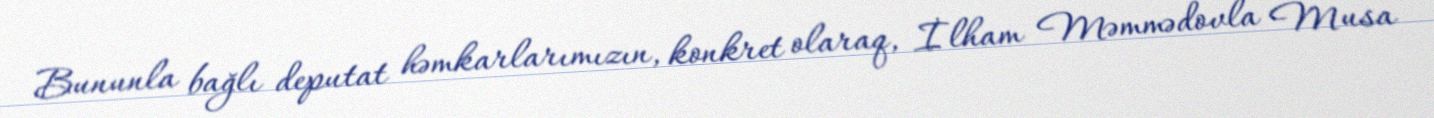
Bununla bağlı deputat həmkarlarımızın, konkret olaraq, İlham Məmmədovla Musa